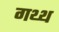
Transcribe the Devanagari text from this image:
गथ्थ